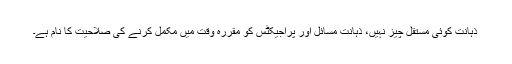
ذہانت کوئی مستقل چیز نہیں، ذہانت مسائل اور پراجیکٹس کو مقررہ وقت میں مکمل کرنے کی صلاحیت کا نام ہے۔